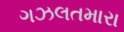
ગઝલતમારા